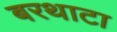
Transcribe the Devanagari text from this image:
बरथाटा